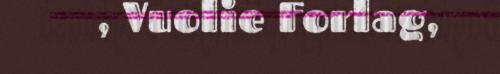
, Vuolie Forlag,